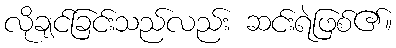
လိုချင်ခြင်းသည်လည်း ဆင်းရဲဖြစ်၏။